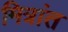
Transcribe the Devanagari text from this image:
मित्रांत